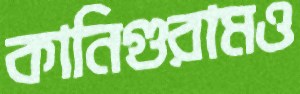
কানিগুরামও